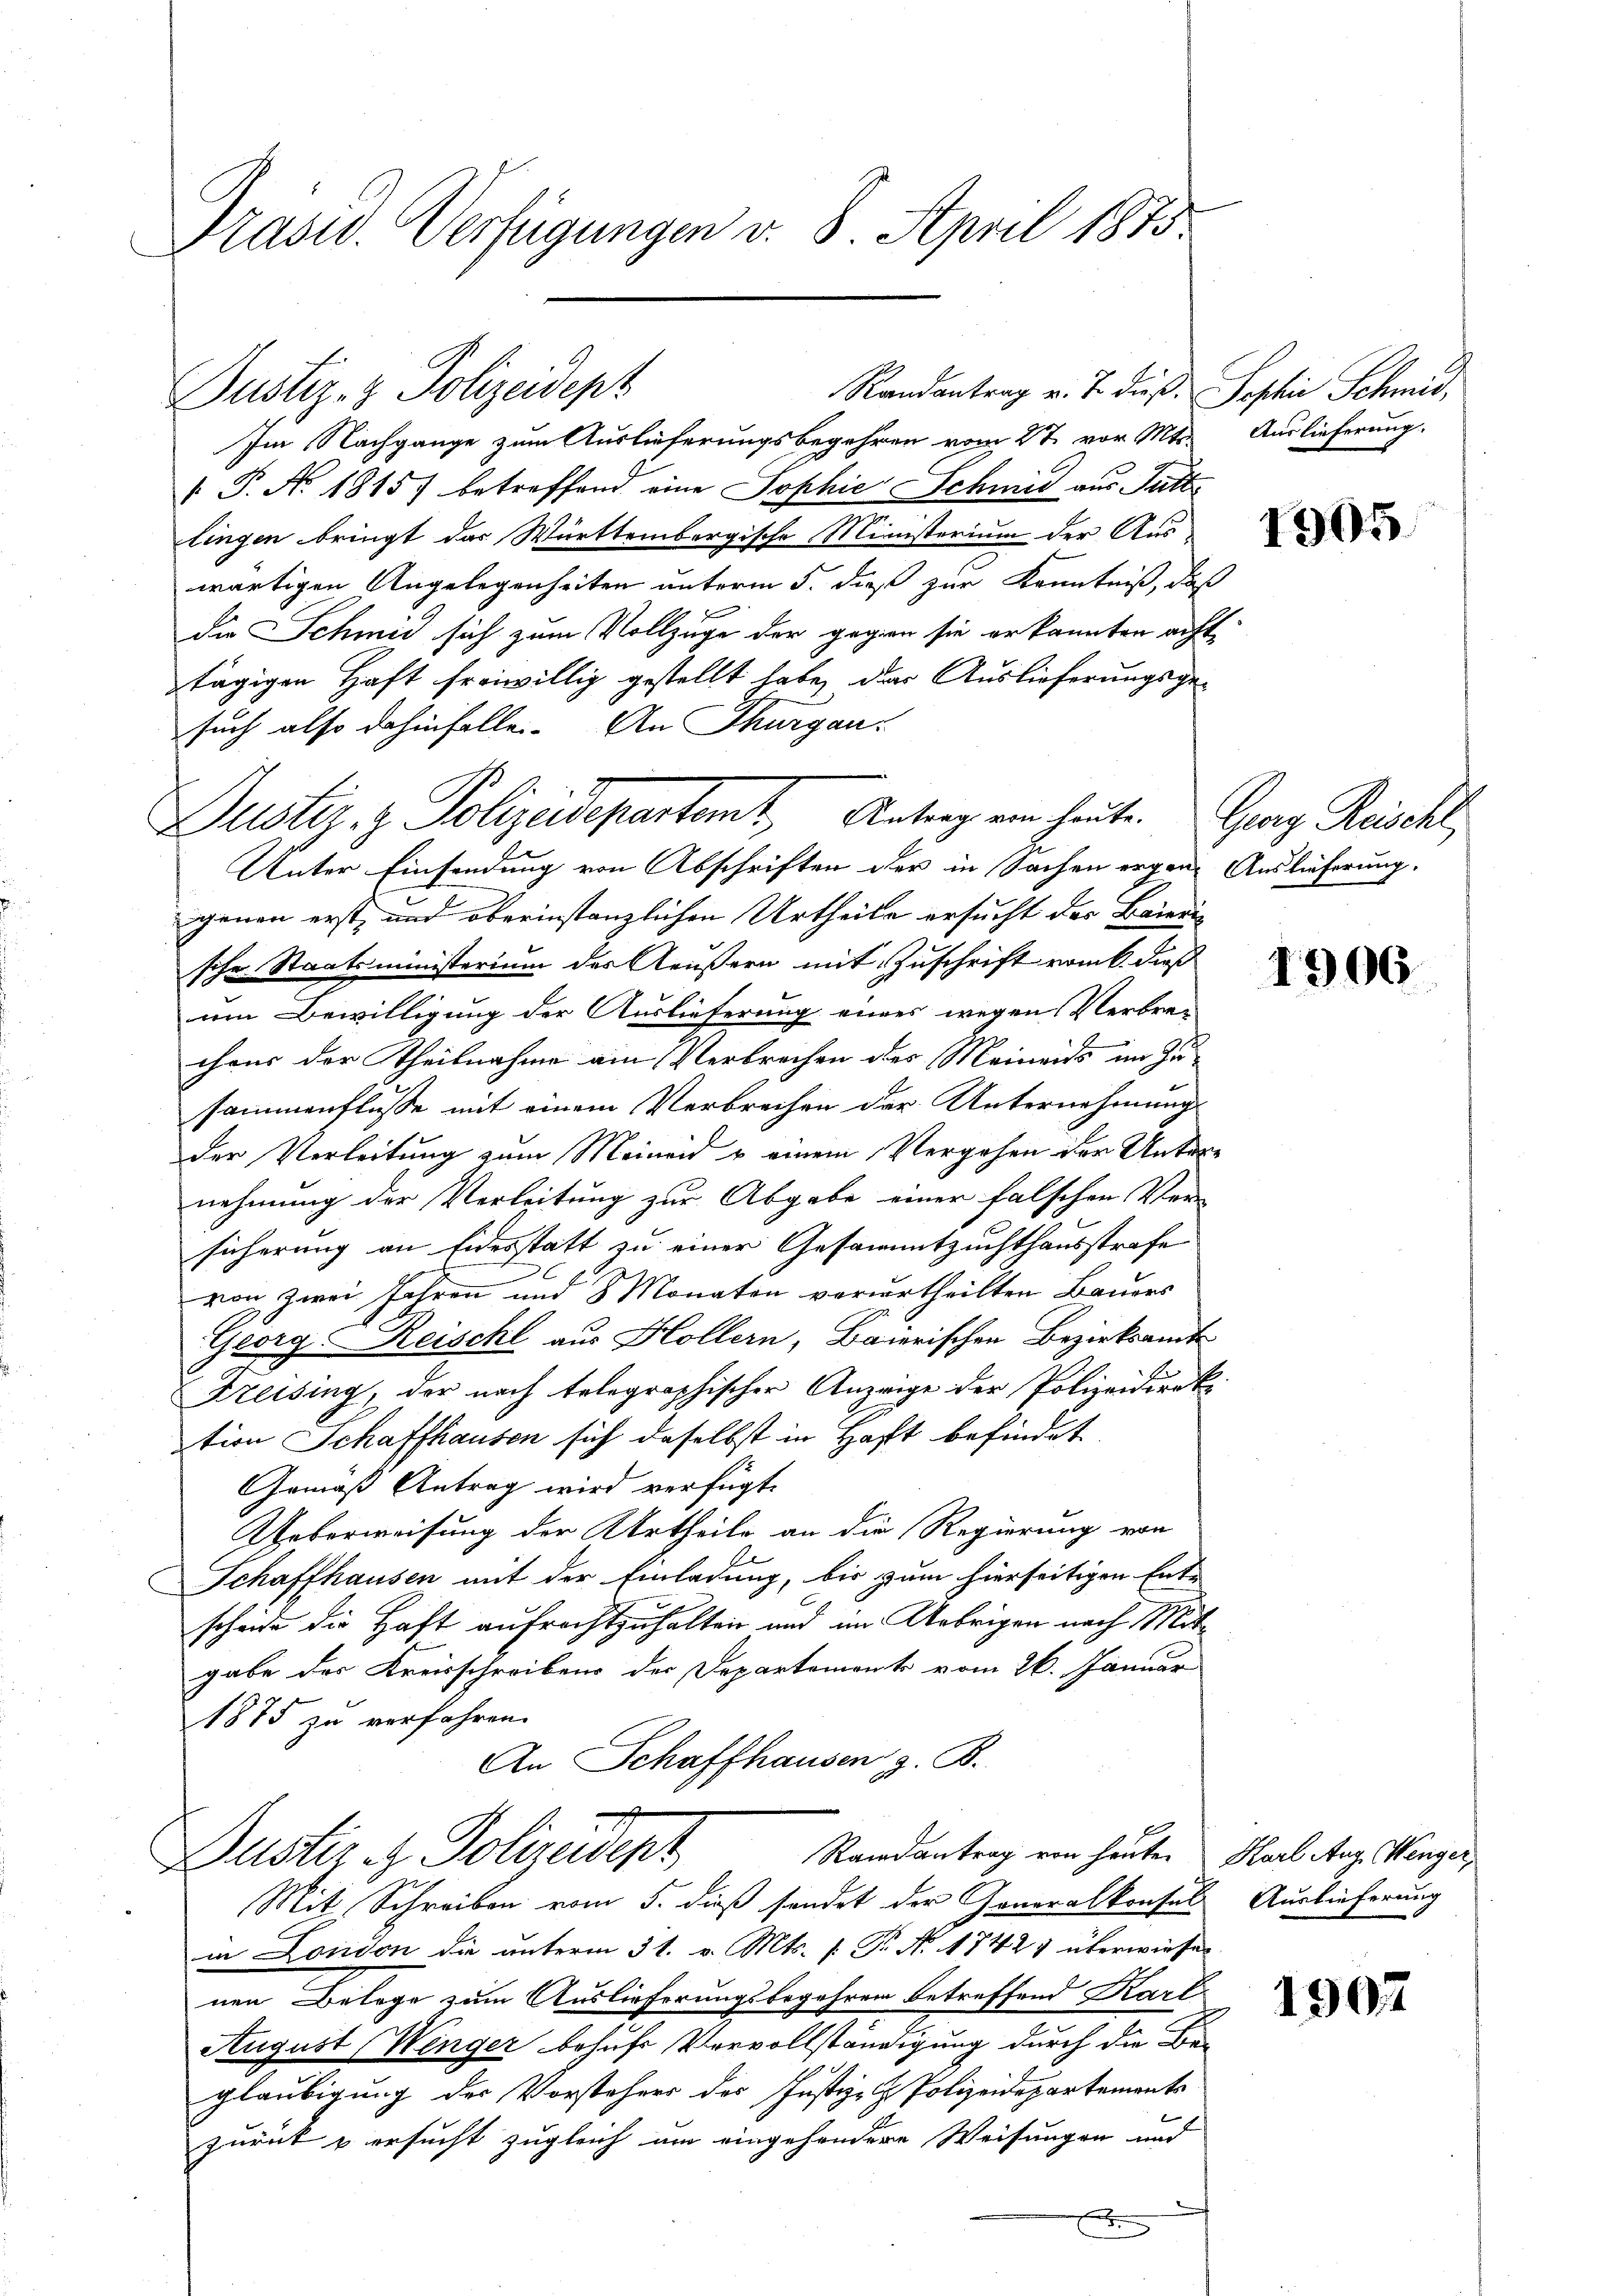
Präsid. Verfügungen v. 8. April 1815.

Randantrag v. J. dieß. Sophie Schmid,
Im Nachgange zum Auslieferungsbegehren vom 27. vor. Mts. Auslieferung.
 P. Nr. 1815) betreffend eine Sophie Schmied aus Futt
lingen bringt das Württembergische Ministerium der Aus
wärtigen Angelegenheiten unterm 5. daß zur Kenntniß, daß
die Schmid sich zum Vollzuge der gegen sie erkannten acht
tägigen Haft freiwillig gestellt habe, das Auslieferungsgesuch also dahinfalle. An Thurgau:
Unter Einsendung von Abschriften der in Sachen ergen Auslieferung.
genen erst- und oberinstanzlichen Urtheile ersucht des Baierische Staatsministerium des Aeußern mit Zuschrift vom k. dieß
um Bewilligung der Auslieferung eines wegen Verbre-
cheer der Theilnahme am Verbrechen des Meinends im Zusammenflüsse mit einem Verbrechen der Unternehmung
der Verleitung zum Meineid & einem Vergehen der Untere
nehmung der Verleitung zur Abgabe einer falschen Ver-
sicherung an Eidesstatt zu einer Gesammtzuchthausstrafe
von zwei Jahren und 3 Monaten verurtheilten Bauers
Georg Reischt aus Hollern, Baierischen Bezirksamt
Kreising, der nach telegraphischer Anzeige der Polizeidirektion Schaffhausen sich daselbst in Haft befindet.
Gemäß Antrag wird verfügt:
Ueberweisung der Urtheile an die Regierung von
Schaffhausen mit der Einladung, bis zum hierseitigen Ent-
scheide die Haft aufrechtzuhalten und im Uebrigen nach Mitgabe der Kreisschreibens der Departement vom 26. Januar
1875 zu verfahren.
An Schaffhausen z. B.
Randantrag von heuten Karl Aug. Menger,
Dustiz- & Polizeident
Mit Schreiben vom 5. dieß sendet der Generalkonsuls Auslieferung
in London die unterm 31. v. Mts. f. P. Nr. 1742) überwiesen
nen Belege zum Auslieferungsbegehren betreffend Kart
August (Wenger behufs Vervollständigung durch die Beglaubigung des Vorstehers des Justiz- & Polizeidepartements
zurück & ersucht zugleich um eingesondere Weisungen und
.

Justiz- & Polizeidep

Justiz, z. Polizeidepartet, Antrag ein heute. Georg Reischl

1905.

1906.

1907